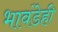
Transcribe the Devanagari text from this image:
भावंडेही